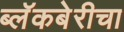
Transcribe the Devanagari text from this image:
ब्लॅकबेरीचा